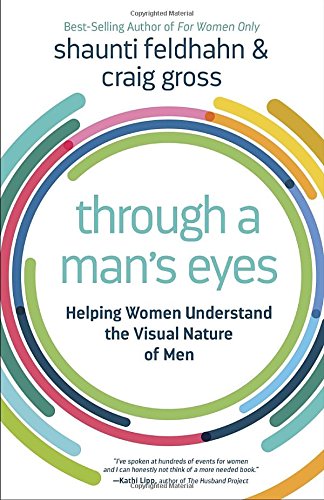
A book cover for Through a Man's Eyes: Helping Women Understand the Visual Nature of Men; Shaunti Feldhahn; Christian Books & Bibles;